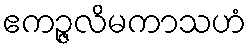
ဧကဉ္ဇလိမကာသဟံ